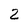
Character: 2